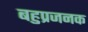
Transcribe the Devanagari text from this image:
बहुप्रजनक